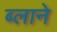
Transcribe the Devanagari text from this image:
ब्लाने